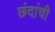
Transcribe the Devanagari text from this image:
छंदांची